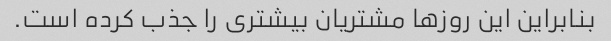
بنابراین این روزها مشتریان بیشتری را جذب کرده است.